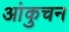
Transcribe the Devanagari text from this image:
आंकुचन